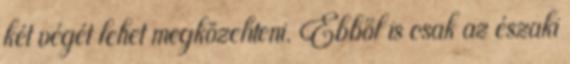
két végét lehet megközelíteni. Ebből is csak az északi